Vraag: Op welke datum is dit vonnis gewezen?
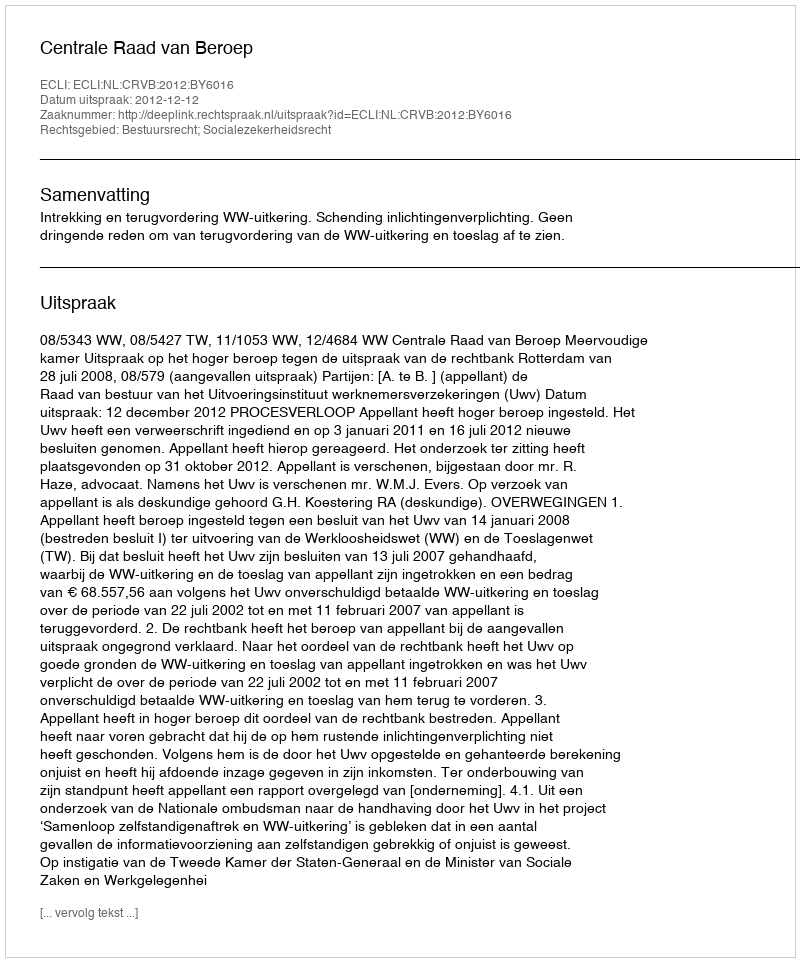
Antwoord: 2012-12-12